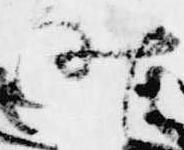
昨